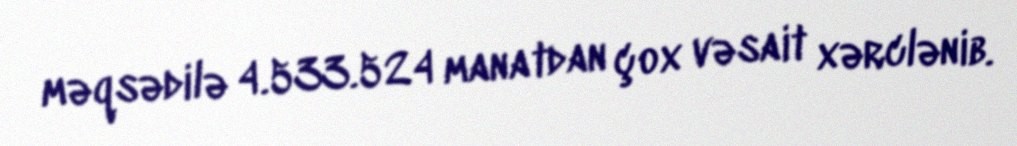
məqsədilə 4.533.524 manatdan çox vəsait xərclənib.